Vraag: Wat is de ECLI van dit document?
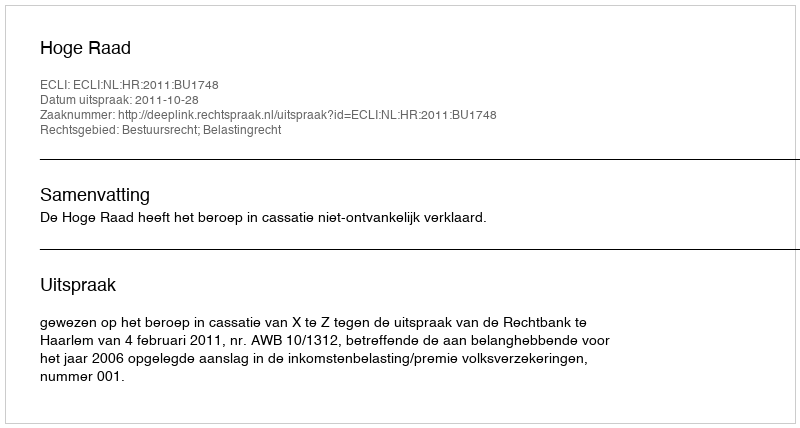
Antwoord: ECLI:NL:HR:2011:BU1748